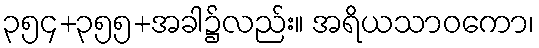
၃၅၄+၃၅၅+အခါ၌လည်း။ အရိယသာဝကော၊